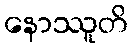
နောဿူတိ